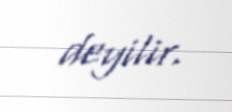
deyilir.